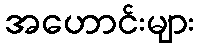
အဟောင်းများ